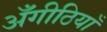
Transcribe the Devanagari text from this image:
अँगीठियाँ